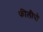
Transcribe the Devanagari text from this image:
फीलीपो